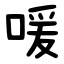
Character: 喛